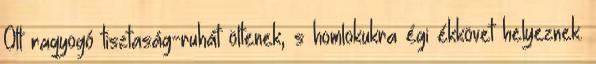
Ott ragyogó tisztaság-ruhát öltenek, s homlokukra égi ékkövet helyeznek.